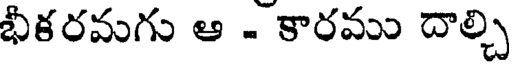
భీకరమగు ఆ - కారము దాల్చి